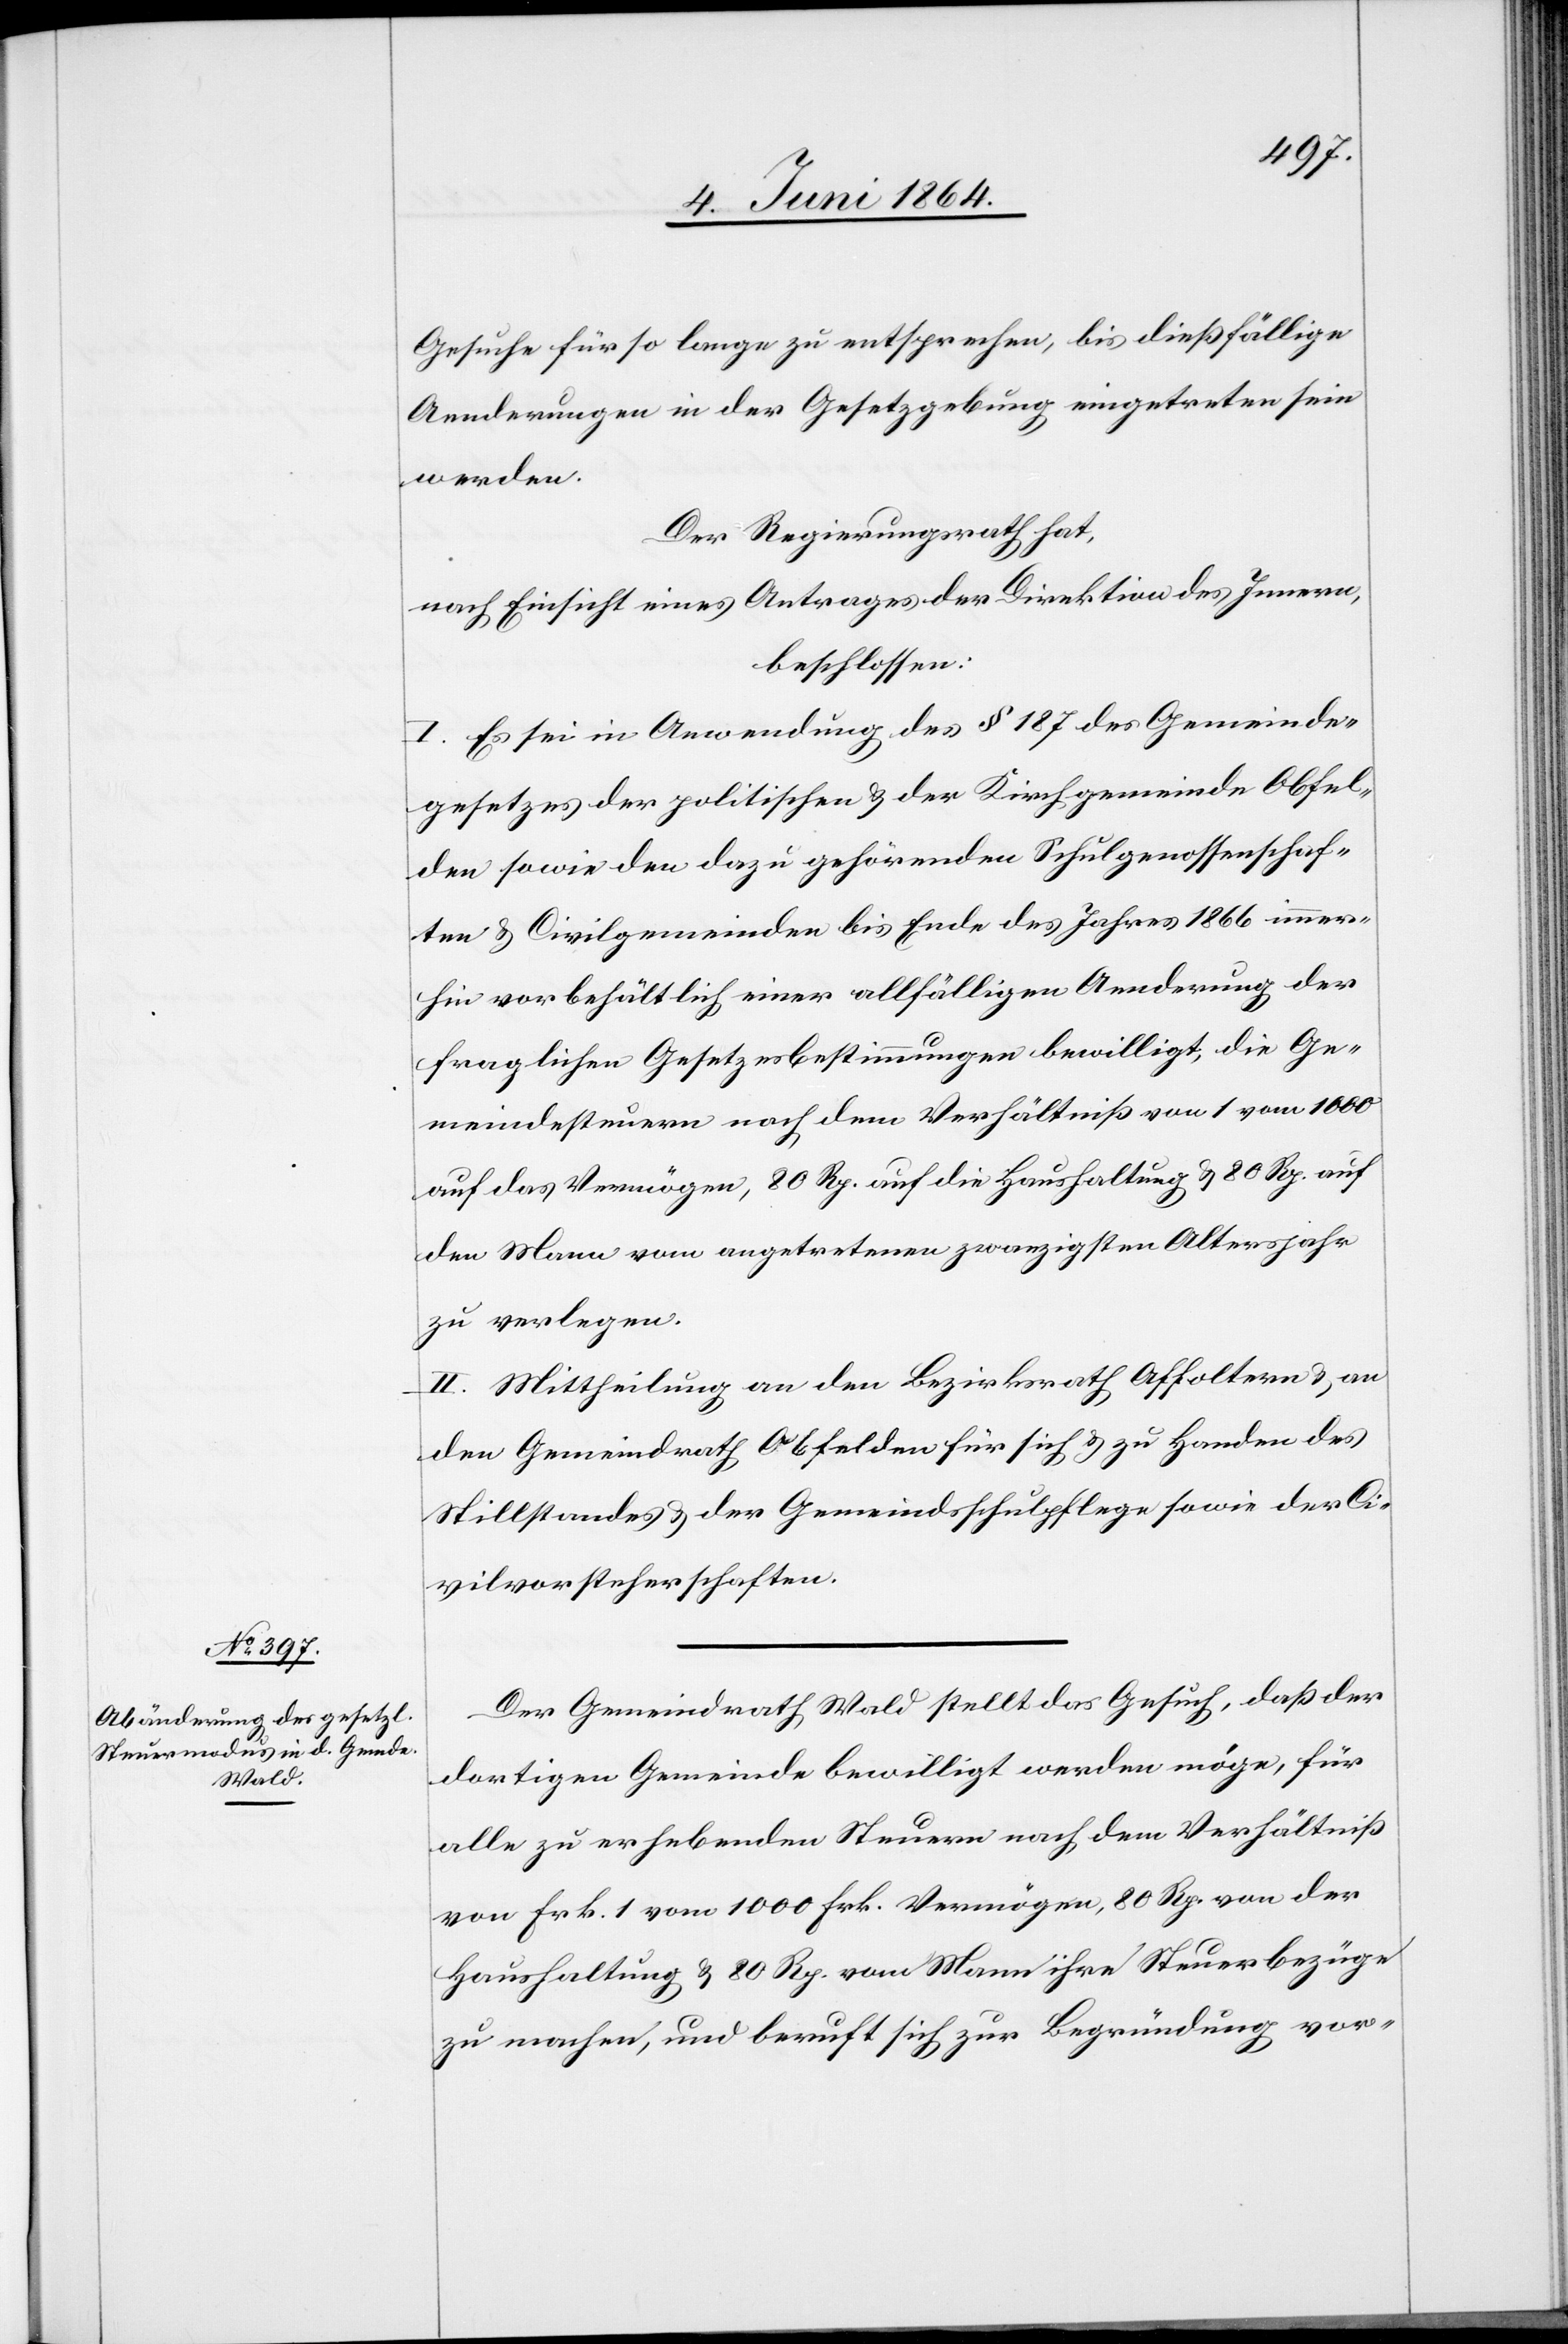
Gesuche für so lange zu entsprechen, bis dießfällige
Aenderungen in der Gesetzgebung eingetreten sein
werden.
Der Regierungsrath hat,
nach Einsicht eines Antrages der Direktion des Innern,
beschlossen:
I. Es sei in Anwendung des § 187 des Gemeinde¬
gesetzes der politischen u. der Kirchgemeinde Obfel¬
den sowie den dazu gehörenden Schulgenossenschaf¬
ten u. Civilgemeinden bis Ende des Jahres 1866 immer¬
hin vorbehältlich einer allfälligen Aenderung der
fraglichen Gesetzesbestimmungen bewilligt, die Ge¬
meindesteuern nach dem Verhältniß von 1 vom 1000
auf das Vermögen, 80 Rp. auf die Haushaltung u. 80 Rp. auf
den Mann vom angetretenen zwanzigsten Altersjahr
zu verlegen.
II. Mittheilung an den Bezirksrath Affoltern u. an
den Gemeindrath Obfelden für sich u. zu Handen des
Stillstandes u. der Gemeindsschulpflege sowie der Ci¬
vilvorsteherschaft.
Der Gemeindrath Wald stellt das Gesuch, daß der
dortigen Gemeinde bewilligt werden möge, für
alle zu erhebenden Steuern nach dem Verhältniß
von Frk. 1 vom 1000 Frk. Vermögen, 80 Rp. von der
Haushaltung u. 80 Rp. vom Mann ihre Steuerbezüge
zu machen, und beruft sich zur Begründung vor-